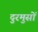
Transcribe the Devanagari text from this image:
दुरमुसों